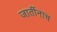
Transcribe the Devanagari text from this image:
जातींनाच